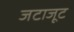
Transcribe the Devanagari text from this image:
जटाजूट